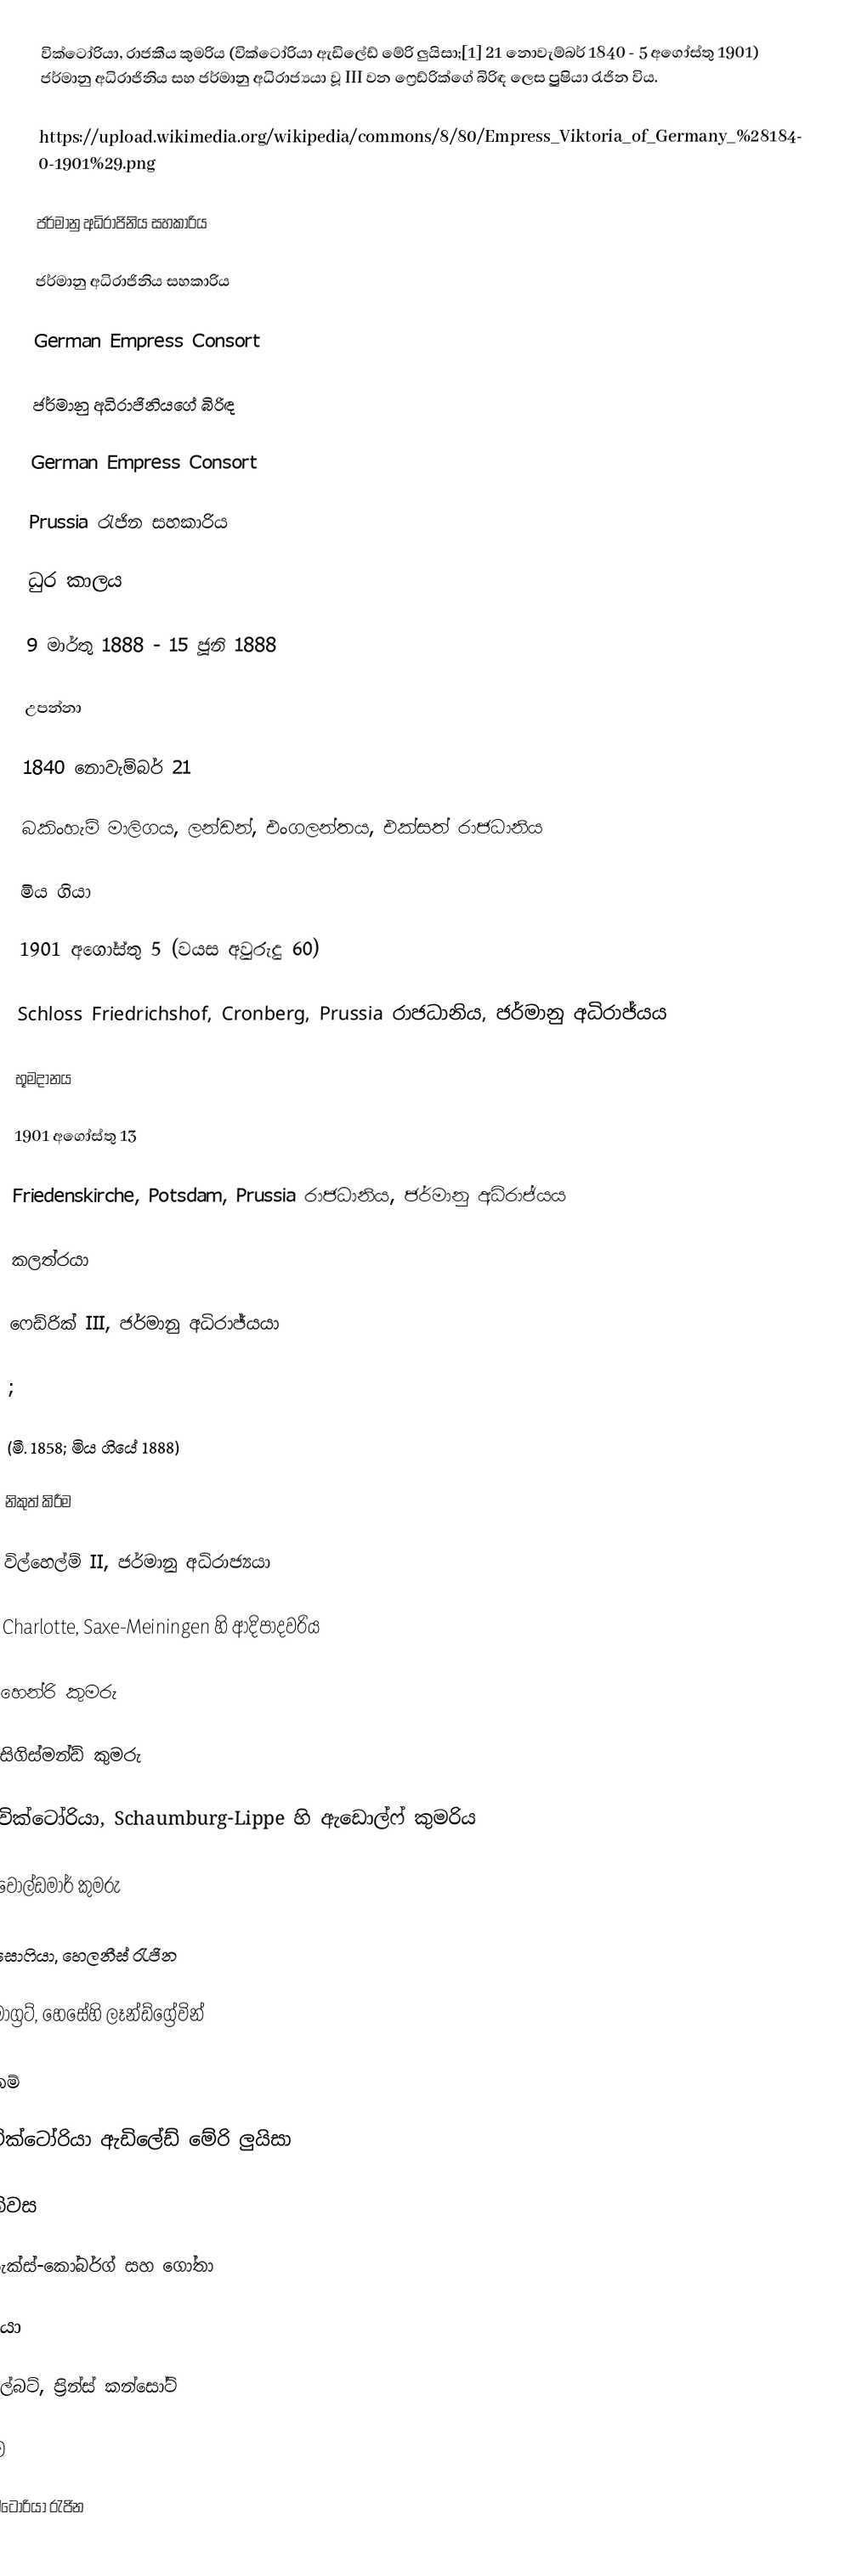
වික්ටෝරියා, රාජකීය කුමරිය (වික්ටෝරියා ඇඩිලේඩ් මේරි ලුයිසා;[1] 21 නොවැම්බර් 1840 - 5 අගෝස්තු 1901) ජර්මානු අධිරාජිනිය සහ ජර්මානු අධිරාජ්‍යයා වූ III වන ෆ්‍රෙඩ්රික්ගේ බිරිඳ ලෙස ප්‍රුෂියා රැජින විය.

https://upload.wikimedia.org/wikipedia/commons/8/80/Empress_Viktoria_of_Germany_%281840-1901%29.png

ජර්මානු අධිරාජිනිය සහකාරිය

ජර්මානු අධිරාජිනිය සහකාරිය

German Empress Consort

ජර්මානු අධිරාජිනියගේ බිරිඳ

German Empress Consort

Prussia රැජින සහකාරිය

ධුර කාලය

9 මාර්තු 1888 - 15 ජූනි 1888

උපන්නා

1840 නොවැම්බර් 21

බකිංහැම් මාලිගය, ලන්ඩන්, එංගලන්තය, එක්සත් රාජධානිය

මිය ගියා

1901 අගෝස්තු 5 (වයස අවුරුදු 60)

Schloss Friedrichshof, Cronberg, Prussia රාජධානිය, ජර්මානු අධිරාජ්යය

භූමදානය

1901 අගෝස්තු 13

Friedenskirche, Potsdam, Prussia රාජධානිය, ජර්මානු අධිරාජ්යය

කලත්රයා

ෆෙඩ්රික් III, ජර්මානු අධිරාජ්යයා

;

(මී. 1858; මිය ගියේ 1888)

නිකුත් කිරීම

විල්හෙල්ම් II, ජර්මානු අධිරාජ්‍යයා

Charlotte, Saxe-Meiningen හි ආදිපාදවරිය

හෙන්රි කුමරු

සිගිස්මන්ඩ් කුමරු

වික්ටෝරියා, Schaumburg-Lippe හි ඇඩොල්ෆ් කුමරිය

වොල්ඩමාර් කුමරු

සොෆියා, හෙලනීස් රැජින

මාග්‍රට්, හෙසේහි ලෑන්ඩ්ග්‍රේවින්

නම්

වික්ටෝරියා ඇඩිලේඩ් මේරි ලුයිසා

නිවස

සැක්ස්-කෝබර්ග් සහ ගෝතා

පියා

ඇල්බට්, ප්‍රින්ස් කන්සෝට්

මව

වික්ටෝරියා රැජින